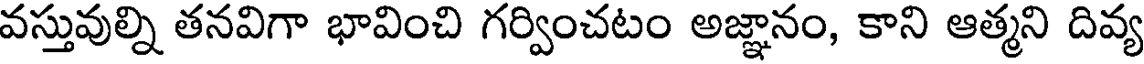
వస్తువుల్ని తనవిగా భావించి గర్వించటం అజ్ఞానం, కాని ఆత్మని దివ్య